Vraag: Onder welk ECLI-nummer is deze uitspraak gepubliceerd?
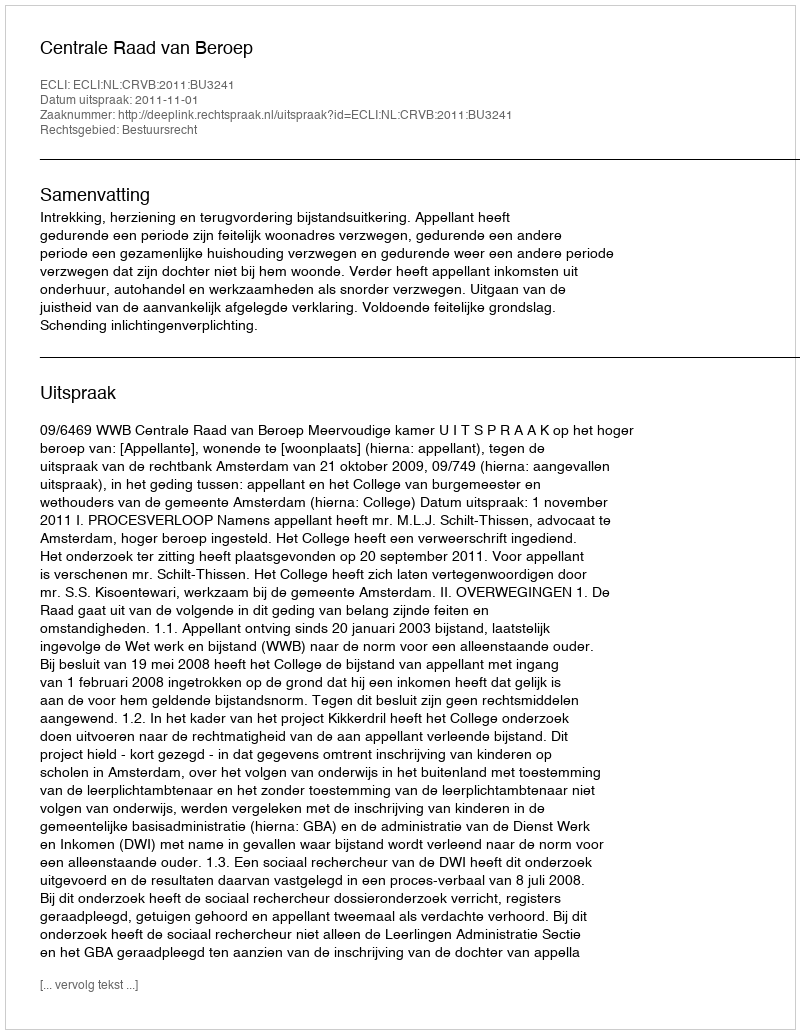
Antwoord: ECLI:NL:CRVB:2011:BU3241